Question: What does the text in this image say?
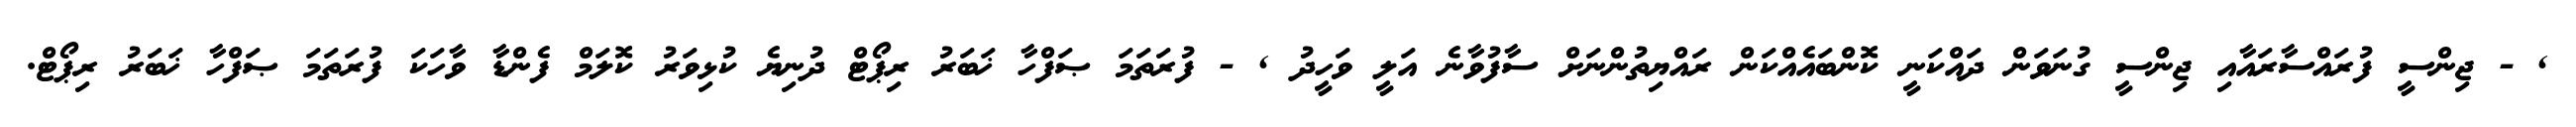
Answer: , - ޖިންސީ ފުރައްސާރައާއި ޖިންސީ ގުނަވަން ދައްކަނީ ކޮންބައެއްކަން ރައްޔިތުންނަށް ސާފުވާނެ އަލީ ވަހީދު , - ފުރަތަމަ ޞަފްހާ ޚަބަރު ރިޕޯޓް ދުނިޔެ ކުޅިވަރު ކޮލަމް ފެންޑާ ވާހަކަ ފުރަތަމަ ޞަފްހާ ޚަބަރު ރިޕޯޓް.